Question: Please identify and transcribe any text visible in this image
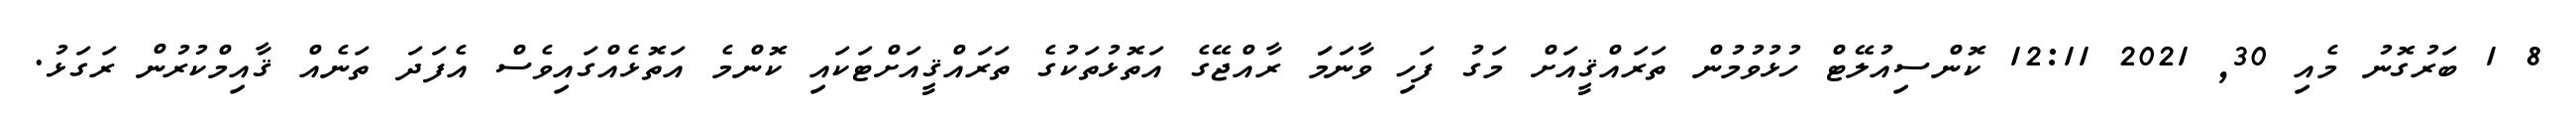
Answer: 8 1 ބަރުގޮނު މެއި 30, 2021 12:11 ކޮންސިއުލޭޓް ހުޅުވުމުން ތަރައްޤީއަށް މަގު ފަހި ވާނަމަަ ރާއްޖޭގެ އަތޮޅުތަކުގެ ތަރައްޤީއަށްޓަކައި ކޮންމެ އަތޮޅެއްގައިވެސް އެފަދަ ތަނެއް ޤާއިމްކުރުން ރަގަޅު.